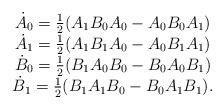
LaTeX: \begin{align*} \begin{matrix}\dot A_0=\frac{1}{2}(A_1B_0A_0-A_0B_0A_1)\\ \dot A_1=\frac{1}{2}(A_1B_1A_0-A_0B_1A_1)\\ \dot B_0=\frac{1}{2}(B_1A_0B_0-B_0A_0B_1)\\ \dot B_1=\frac{1}{2}(B_1A_1B_0-B_0A_1B_1). \end{matrix}\end{align*}